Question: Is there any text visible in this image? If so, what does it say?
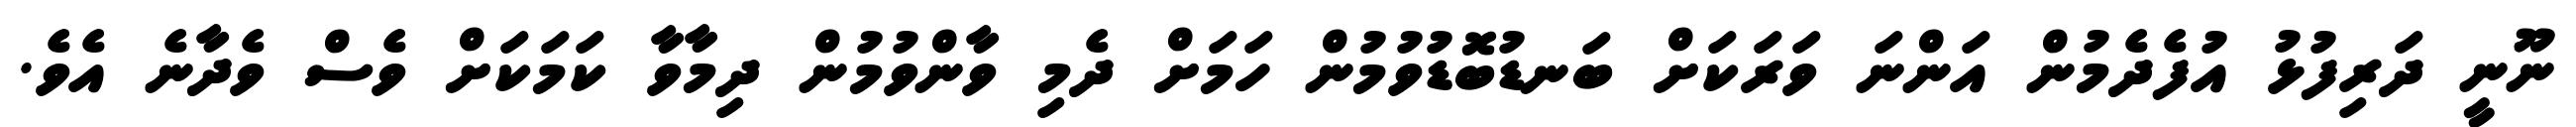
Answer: ނޫނީ ދަރިފުޅު އުފެދެމުން އަންނަ ވަރަކަށް ބަނޑުބޮޑުވުމުން ހަމަށް ދެމި ވާންވުމުން ދިމާވާ ކަމަކަށް ވެސް ވެދާނެ އެވެ.